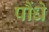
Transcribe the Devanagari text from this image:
पौंधे